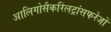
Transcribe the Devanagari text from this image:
आलिगोसैकरिलट्रांसफरेजों